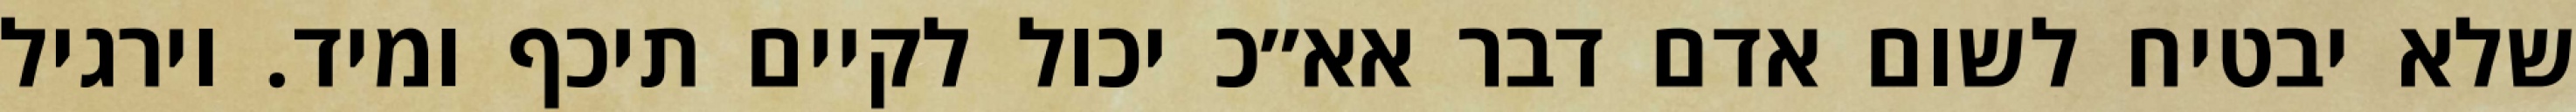
שלא יבטיח לשום אדם דבר אא״כ יכול לקיים תיכף ומיד. וירגיל